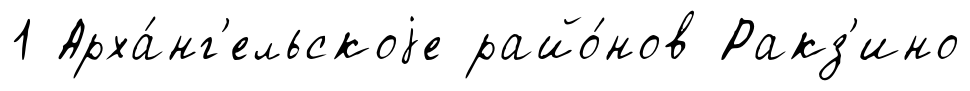
1 Арха́нг'ельскоjе райо́нов Ракз'ино